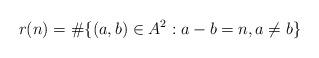
LaTeX: \begin{align*}r(n) = \# \{ (a,b) \in A^2: a-b = n, a \ne b \}\end{align*}